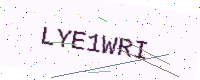
Text: LYE1WRI